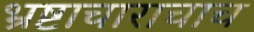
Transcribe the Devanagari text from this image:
भ्रष्टाचाराचाच